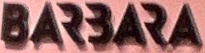
BARBARA